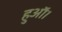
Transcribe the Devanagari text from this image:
हुऑ।